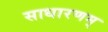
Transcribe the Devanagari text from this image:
साधारणम्